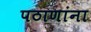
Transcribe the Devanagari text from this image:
पठाणांना